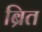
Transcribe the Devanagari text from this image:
ब्रित